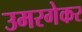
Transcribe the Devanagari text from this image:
उमरगेकर